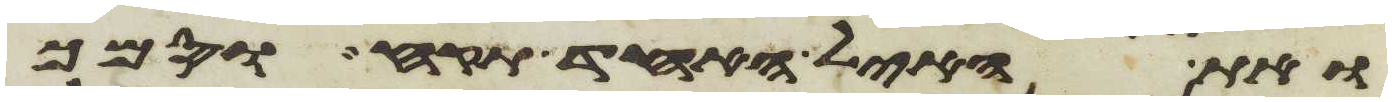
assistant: ואת האיל האחד תקח וסמך